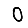
Digit: 0